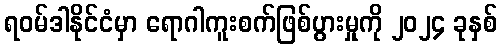
ရဝမ်ဒါနိုင်ငံမှာ ရောဂါကူးစက်ဖြစ်ပွားမှုကို ၂၀၂၄ ခုနှစ်